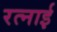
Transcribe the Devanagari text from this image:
रत्नाई